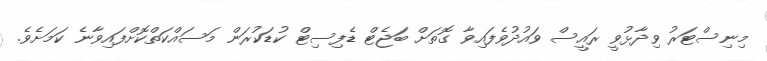
މިނިސްޓަރު ވިދާޅުވީ ރައީސް ވައުދުވެފައިވާ ގޮތަށް ބަޖެޓް ޑެފިސިޓް ކުޑަކުރަން މަސައްކަތްކޮށްފައިވާނެ ކަމަށެވެ.